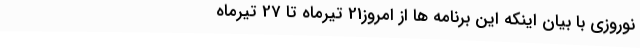
نوروزی با بیان اینکه این برنامه ها از امروز21 تیرماه تا 27 تیرماه